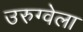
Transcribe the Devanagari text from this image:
उरुग्वेला